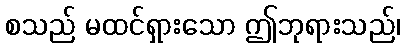
စသည် မထင်ရှားသော ဤဘုရားသည်၊